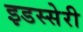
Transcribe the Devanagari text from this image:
इडस्सेरी